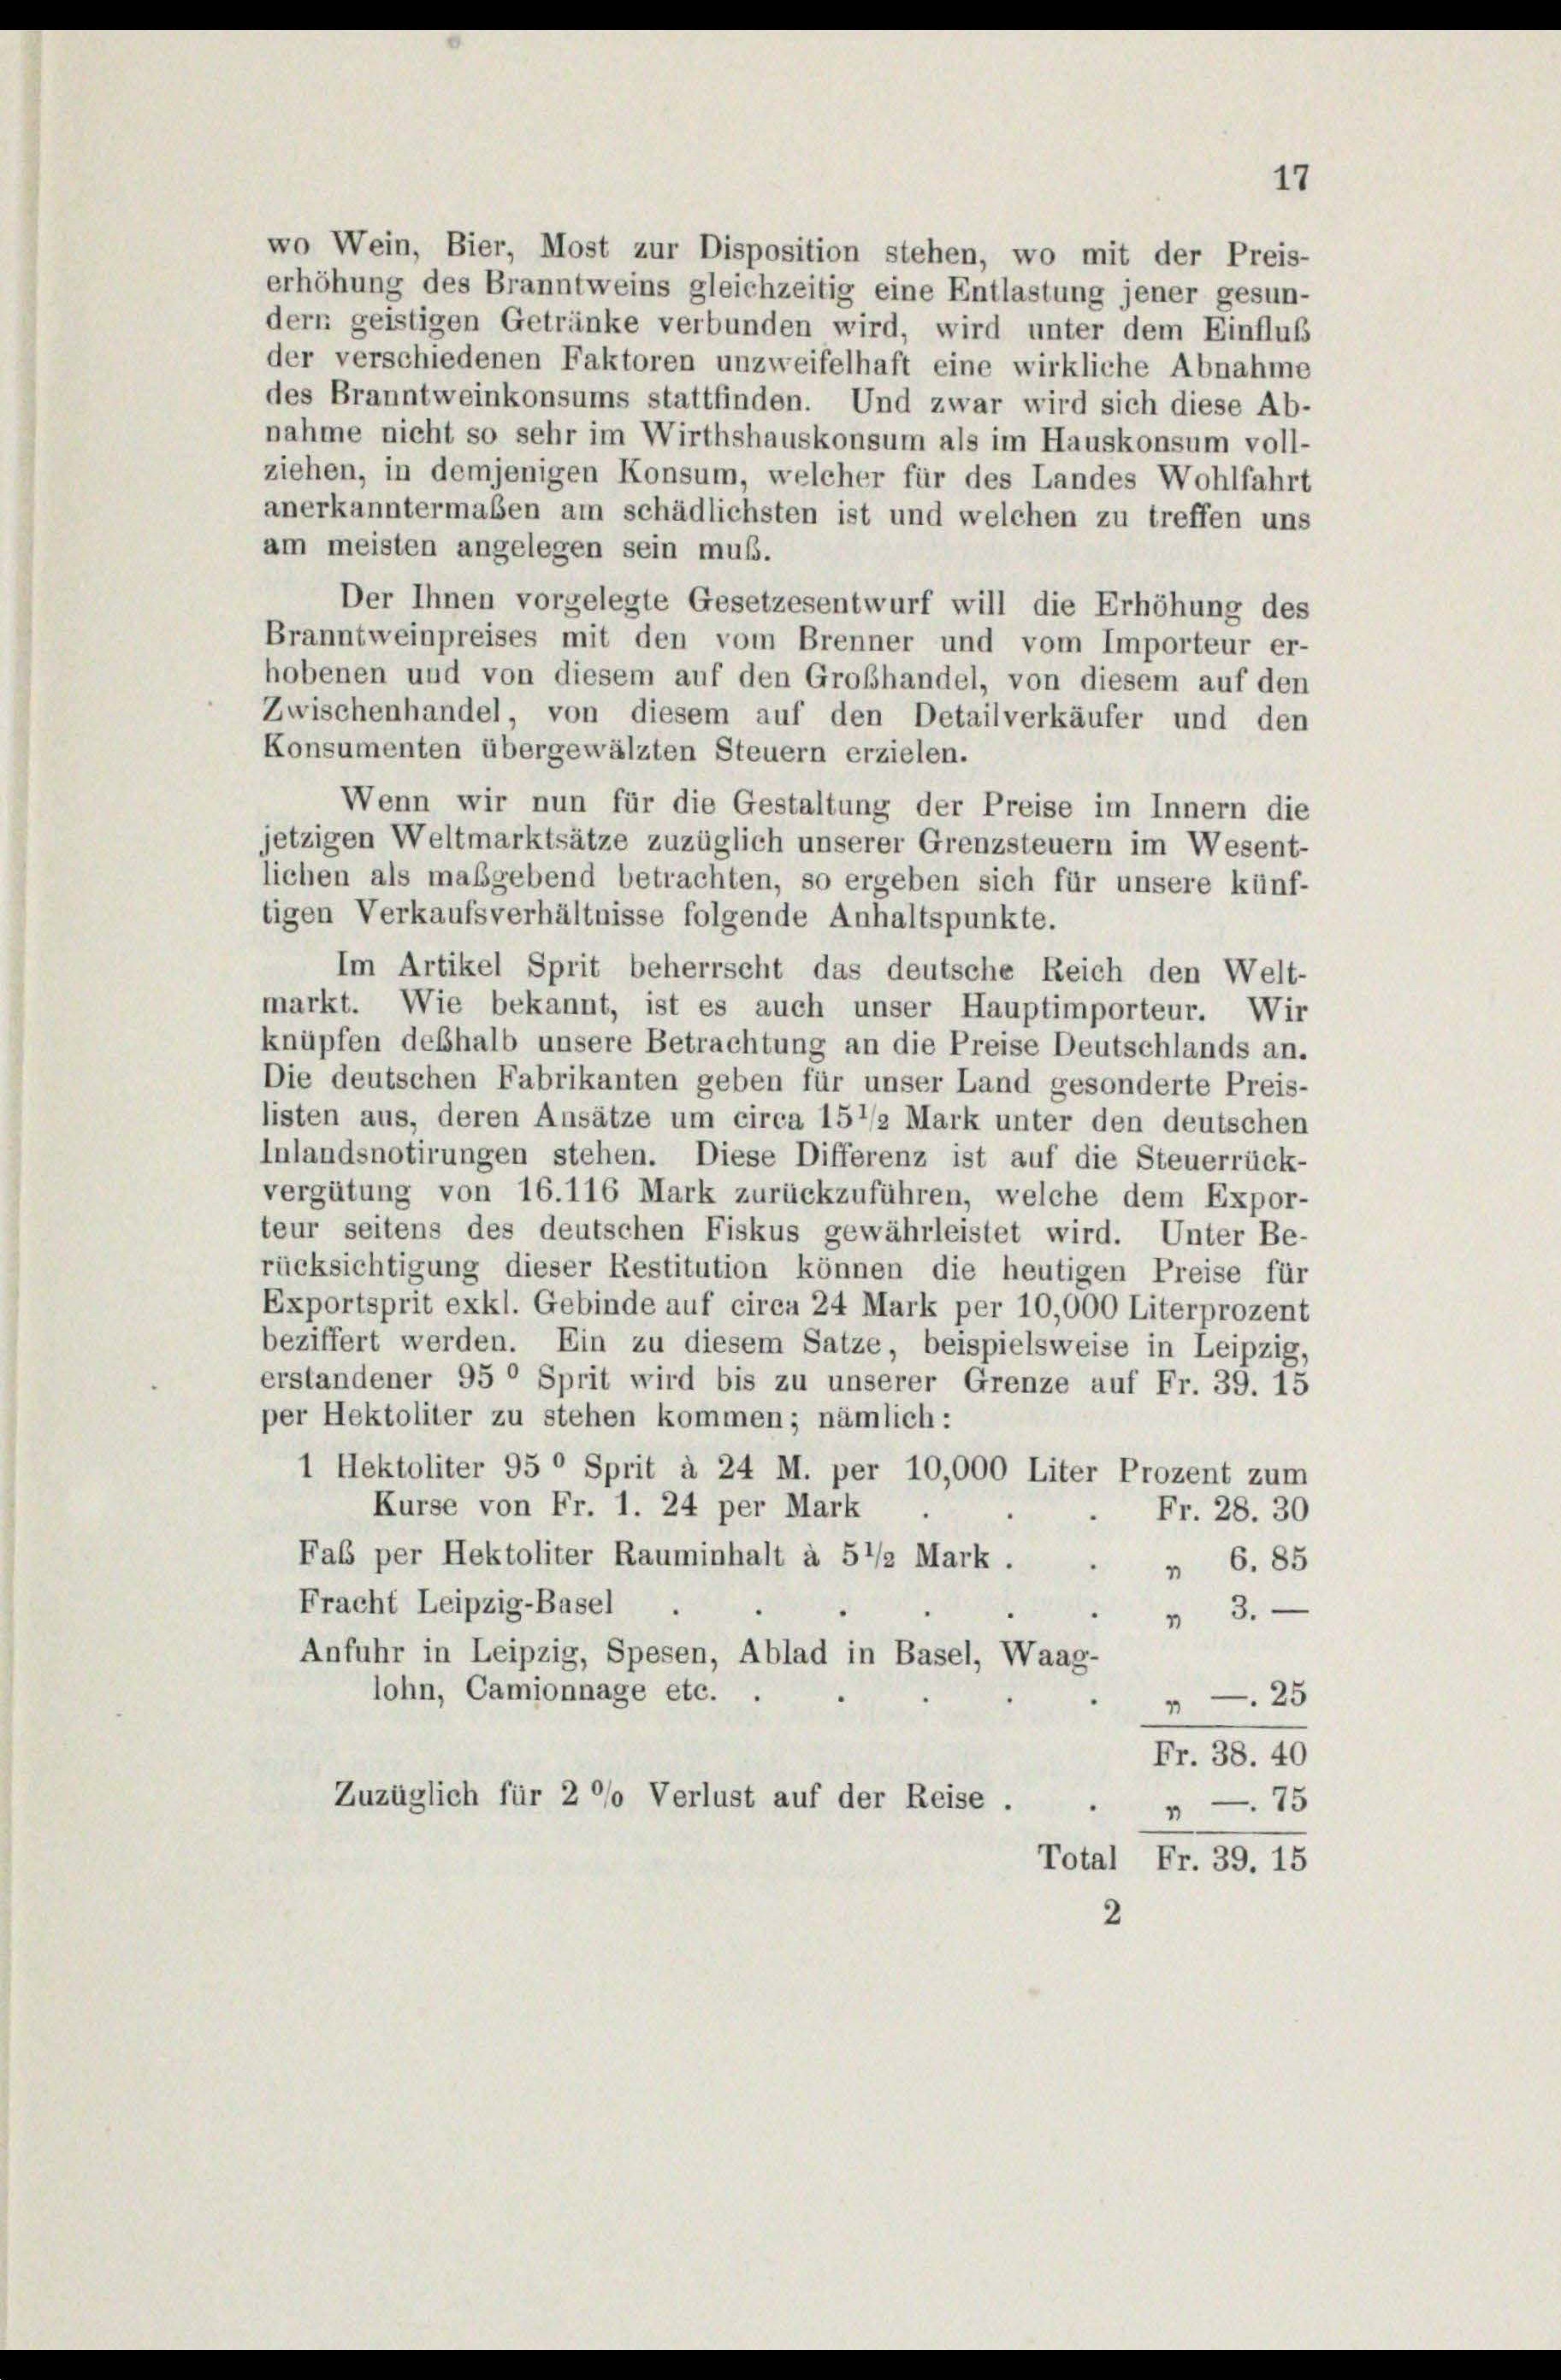
wo Wein, Bier, Most zur Disposition stehen, wo mit der Preis-
erhöhung des Branntweins gleichzeitig eine Entlastung jener gesun-
dern geistigen Getränke verbunden wird, wird unter dem Einfluß
der verschiedenen Faktoren unzweifelhaft eine wirkliche Abnahme
des Branntweinkonsums stattfinden. Und zwar wird sich diese Ab-
nahme nicht so sehr im Wirthshauskonsum als im Hauskonsum voll-
ziehen, in demjenigen Konsum, welcher für des Landes Wohlfahrt
anerkanntermaßen am schädlichsten ist und welchen zu treffen uns
am meisten angelegen sein muß.
Der Ihnen vorgelegte Gesetzesentwurf will die Erhöhung des
Branntweinpreises mit den vom Brenner und vom Importeur er-
hobenen und von diesem auf den Großhandel, von diesem auf den
Zwischenhandel, von diesem auf den Detailverkäufer und den
Konsumenten übergewälzten Steuern erzielen.
Wenn wir nun für die Gestaltung der Preise im Innern die

jetzigen Weltmarktsätze zuzüglich unserer Grenzsteuern im Wesent-
lichen als maßgebend betrachten, so ergeben sich für unsere künf-
tigen Verkaufsverhältnisse folgende Anhaltspunkte.
Im Artikel Sprit beherrscht das deutsche Reich den Welt-
markt. Wie bekannt, ist es auch unser Hauptimporteur. Wir
knüpfen deßhalb unsere Betrachtung an die Preise Deutschlands an.
Die deutschen Fabrikanten geben für unser Land gesonderte Preis-
listen aus, deren Ansätze um circa 15 1/2 Mark unter den deutschen
Inlandsnotirungen stehen. Diese Differenz ist auf die Steuerrück-
vergütung von 16.116 Mark zurückzuführen, welche dem Expor-
teur seitens des deutschen Fiskus gewährleistet wird. Unter Be-
rücksichtigung dieser Restitution können die heutigen Preise für
Exportsprit exkl. Gebinde auf circa 24 Mark per 10,000 Literprozent
beziffert werden. Ein zu diesem Satze, beispielsweise in Leipzig,
erstandener 95° Sprit wird bis zu unserer Grenze auf Fr. 39. 15
per Hektoliter zu stehen kommen; nämlich:
1 Hektoliter 95° Sprit à 24 M. per 10,000 Liter Prozent zum
Kurse von Fr. 1. 24 per Mark
Fab per Hektoliter Rauminhalt à 5 1/2 Mark .
Fracht Leipzig-Basel
Anfuhr in Leipzig, Spesen, Ablad in Basel, Waag-
lohn, Camionnage etc. .
25
1
Fr. 38. 40
Zuzüglich für 2 °/o Verlust auf der Reise .
1—75
Total Fr. 39. 15
2

17
Fr. 28. 30
 6. 85
" 3.